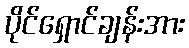
ပိုင်ရှောင်ချန်းအား